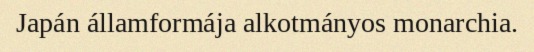
Japán államformája alkotmányos monarchia.